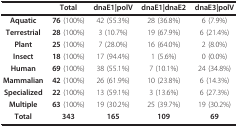
<table><thead><tr><td></td><td><b>Total</b></td><td><b>dnaE1|polV</b></td><td><b>dnaE1|dnaE2</b></td><td><b>dnaE3|polV</b></td></tr></thead><tbody><tr><td><b>Aquatic</b></td><td><b>76 </b>(100%)</td><td>42 (55.3%)</td><td>28 (36.8%)</td><td>6 (7.9%)</td></tr><tr><td><b>Terrestrial</b></td><td><b>28 </b>(100%)</td><td>3 (10.7%)</td><td>19 (67.9%)</td><td>6 (21.4%)</td></tr><tr><td><b>Plant</b></td><td><b>25 </b>(100%)</td><td>7 (28.0%)</td><td>16 (64.0%)</td><td>2 (8.0%)</td></tr><tr><td><b>Insect</b></td><td><b>18 </b>(100%)</td><td>17 (94.4%)</td><td>1 (5.6%)</td><td>0 (0.0%)</td></tr><tr><td><b>Human</b></td><td><b>69 </b>(100%)</td><td>38 (55.1%)</td><td>7 (10.1%)</td><td>24 (34.8%)</td></tr><tr><td><b>Mammalian</b></td><td><b>42 </b>(100%)</td><td>26 (61.9%)</td><td>10 (23.8%)</td><td>6 (14.3%)</td></tr><tr><td><b>Specialized</b></td><td><b>22 </b>(100%)</td><td>13 (59.1%)</td><td>3 (13.6%)</td><td>6 (27.3%)</td></tr><tr><td><b>Multiple</b></td><td><b>63 </b>(100%)</td><td>19 (30.2%)</td><td>25 (39.7%)</td><td>19 (30.2%)</td></tr><tr><td><b>Total</b></td><td><b>343</b></td><td><b>165</b></td><td><b>109</b></td><td><b>69</b></td></tr></tbody></table>